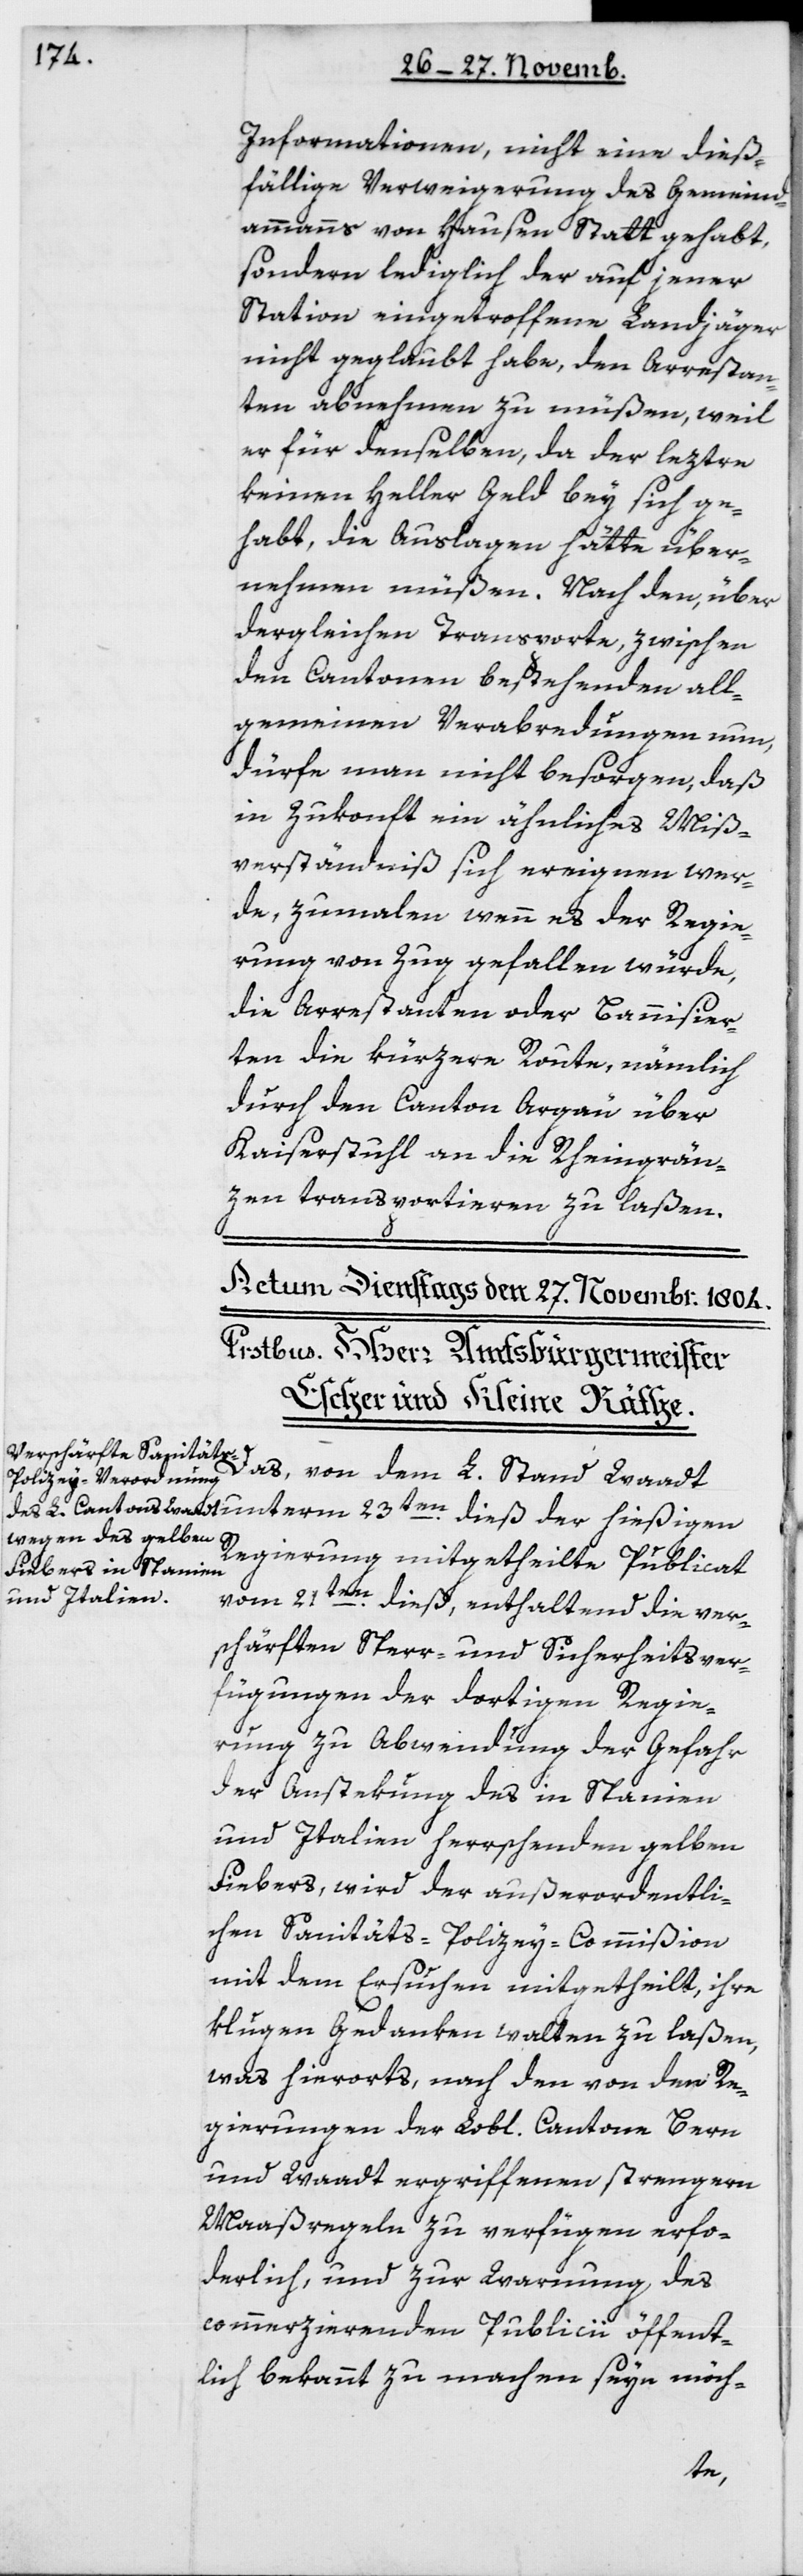
Informationen, nicht eine dies¬
fällige Verweigerung des Gemeind¬
ammanns von Hausen Statt gehabt,
sondern lediglich der auf jener
Station eingetroffene Landjäger
nicht geglaubt habe, den Arrestan¬
ten abnehmen zu müßen, weil
er für denselben, da der leztre
keinen Heller Geld bey sich ge¬
habt, die Auslagen hätte über¬
nehmen müßen. Nach den, über
dergleichen Transporte zwischen
den Cantonen bestehenden all¬
gemeinen Verabredungen nun,
dürfe man nicht besorgen, daß
in Zukonft ein ähnliches Miß¬
verständnis sich ereignen wer¬
de, zumalen wenn es der Regie¬
rung von Zug gefallen würde,
die Arrestanten oder Bannisier¬
ten die kürzere Route, nämlich
durch den Canton Argau über
Kaiserstuhl an die Rheingren¬
zen transportieren zu laßen.
Das, von dem L. Stand Waadt
Regierung mitgetheilte Publicat
vom 21ten dieß, enthaltend die ver¬
schärften Sperr- und Sicherheits-Ver¬
fügungen der dortigen Regie¬
rung zu Abwendung der Gefahr
der Anstekung des in Spanien
und Italien herrschenden Gelben
Fiebers, wird der außerordentli¬
chen Sanitäts-Polizey-Commißion
mit dem Ersuchen mitgetheilt, ihre
klugen Gedanken walten zu laßen,
was hierorts nach den von den Re¬
gierungen der Lobl. Cantone Bern
und Waadt ergriffenen strengern
Maßregeln zu verfügen erfor¬
derlich, und zur Warnung des
commerzierenden Publicii öffent¬
lich bekannt zu machen seyn möch-
der